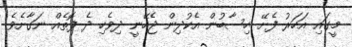
މީގައި އަހަރު ފެށޭ ހިސާބުން އެކުދިން ޖެހޭނީ ދިވެހި ދެ ފޮތެއް ނަގާށެވެ.